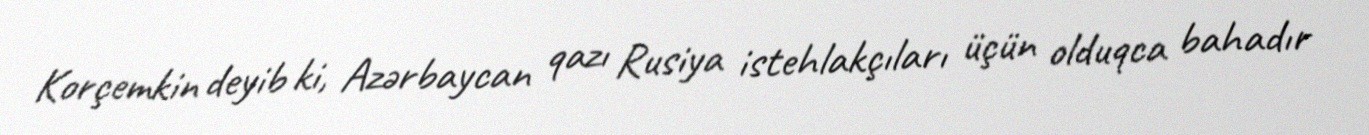
Korçemkin deyib ki, Azərbaycan qazı Rusiya istehlakçıları üçün olduqca bahadır